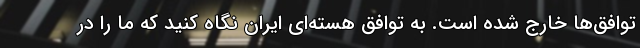
توافق‌ها خارج شده است. به توافق هسته‌ای ایران نگاه کنید که ما را در